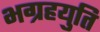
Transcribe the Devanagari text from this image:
भग्रहयुति